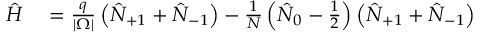
\begin{array} { r l } { \hat { H } } & { { } = \frac { q } { | \Omega | } \left( \hat { N } _ { + 1 } + \hat { N } _ { - 1 } \right) - \frac { 1 } { N } \left( \hat { N } _ { 0 } - \frac { 1 } { 2 } \right) \left( \hat { N } _ { + 1 } + \hat { N } _ { - 1 } \right) } \end{array}